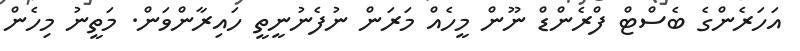
އަހަރެންގެ ބެސްޓް ފްރެންޑް ނޫން މީހެއް މަރަން ނުފެނުނީތީ ހައިރާންވަން. މަތީނު މިހެން